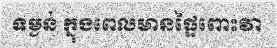
ទម្ងន់ ក្នុងពេលមានផ្ទៃពោះវា